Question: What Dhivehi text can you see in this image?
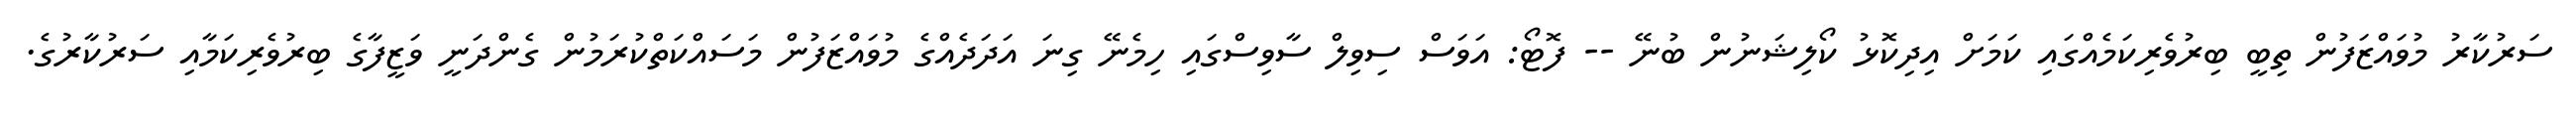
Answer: ސަރުކާރު މުވައްޒަފުން ތިބީ ބިރުވެރިކަމެއްގައި ކަމަށް އިދިކޮޅު ކޯލިޝަނުން ބުނޭ -- ފޮޓޯ: އަވަސް ސިވިލް ސާވިސްގައި ހިމެނޭ ގިނަ އަދަދެއްގެ މުވައްޒަފުން މަސައްކަތްކުރަމުން ގެންދަނީ ވަޒީފާގެ ބިރުވެރިކަމާއި ސަރުކާރުގެ.